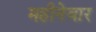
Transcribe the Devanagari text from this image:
महीनेवार